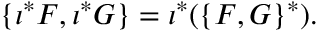
\{ \iota ^ { * } F , \iota ^ { * } G \} = \iota ^ { * } ( \{ F , G \} ^ { * } ) .